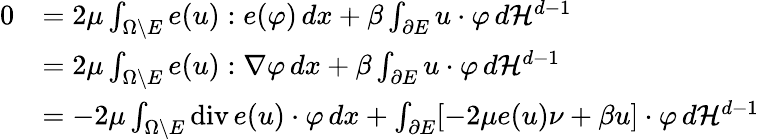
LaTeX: \begin{array}{rl}{0}&{=2\mu\int_{\Omega\setminus E}e(u):e(\varphi)\, dx+\beta\int_{\partial E}u\cdot\varphi\, d{\mathcal{H}}^{d-1}}\\ &{=2\mu\int_{\Omega\setminus E}e(u):\nabla\varphi\, dx+\beta\int_{\partial E}u\cdot\varphi\, d{\mathcal{H}}^{d-1}}\\ &{=-2\mu\int_{\Omega\setminus E}\mathrm{div}\, e(u)\cdot\varphi\, dx+\int_{\partial E}[-2\mu e(u)\nu+\beta u]\cdot\varphi\, d{\mathcal{H}}^{d-1}}\end{array}